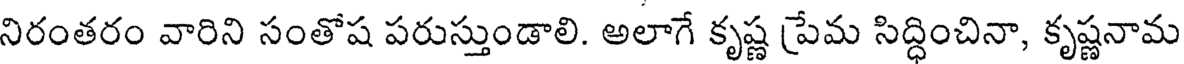
నిరంతరం వారిని సంతోష పరుస్తుండాలి. అలాగే కృష్ణ ప్రేమ సిద్ధించినా, కృష్ణనామ